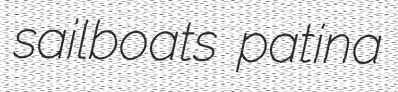
sailboats patina